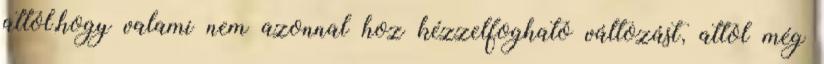
attól,hogy valami nem azonnal hoz kézzelfogható változást, attól még